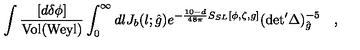
\int { \frac { [ d \delta \phi ] } { \mathrm { V o l } ( \mathrm { W e y l } ) } } \int _ { 0 } ^ { \infty } d l J _ { b } ( l ; { \hat { g } } ) e ^ { - { \frac { 1 0 - d } { 4 8 \pi } } S _ { S L } [ \phi , \zeta , g ] } ( \mathrm { d e t } ^ { \prime } \Delta ) _ { { \hat { g } } } ^ { - 5 } \quad ,